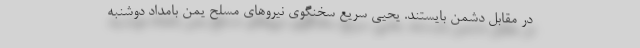
در مقابل دشمن بایستند. یحیی سریع سخنگوی نیروهای مسلح یمن بامداد دوشنبه